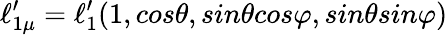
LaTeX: \ell_{1\mu}^{\prime}=\ell_{1}^{\prime}(1,cos\theta,sin\theta cos\varphi,sin\theta sin\varphi)